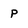
Character: P